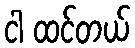
ငါ ထင်တယ်